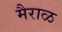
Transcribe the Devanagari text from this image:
मैराळ